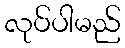
လုပ်ပါမည်